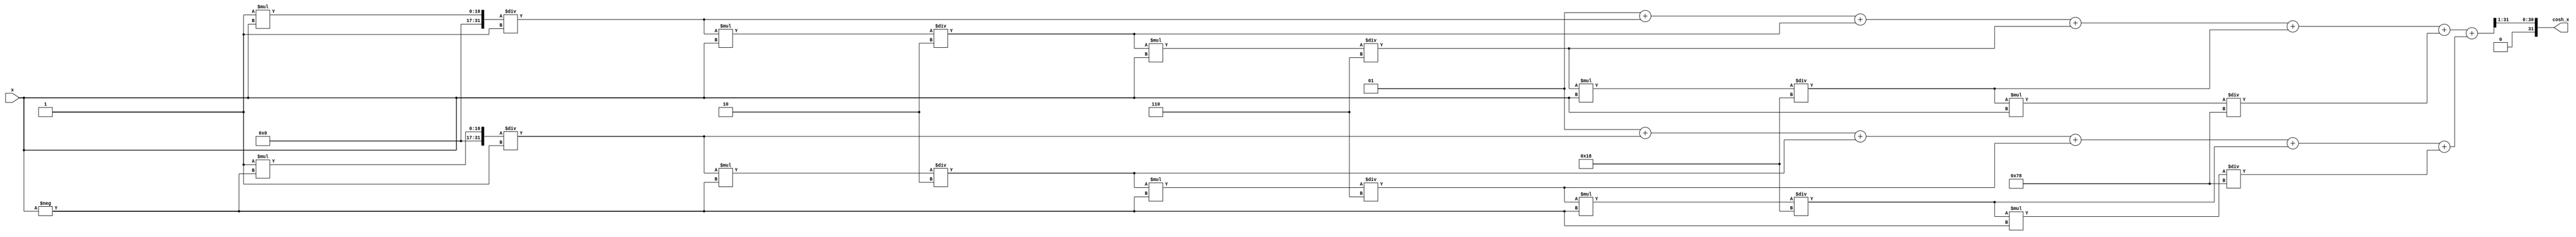
module hyperbolic_cosh (
    input wire signed [15:0] x,      // Input: Fixed-point representation of x
    output reg signed [31:0] cosh_x   // Output: Fixed-point representation of cosh(x)
);

    // Parameters for the polynomial approximation of e^x
    parameter [15:0] FACTORIAL_0 = 16'd1;
    parameter [15:0] FACTORIAL_1 = 16'd1;
    parameter [15:0] FACTORIAL_2 = 16'd2;
    parameter [15:0] FACTORIAL_3 = 16'd6;
    parameter [15:0] FACTORIAL_4 = 16'd24;
    parameter [15:0] FACTORIAL_5 = 16'd120;

    // Polynomial coefficients for the Taylor series approximation of e^x
    reg signed [31:0] e_x;
    reg signed [31:0] e_neg_x;
    
    // Compute e^x using a polynomial approximation (up to 5th order)
    function signed [31:0] exp_approx;
        input signed [15:0] x;
        reg signed [31:0] term;
        reg signed [31:0] sum;
        integer i;
        begin
            sum = 32'd1; // e^0 = 1
            term = 32'd1; // First term is x^0 / 0!
            for (i = 1; i <= 5; i = i + 1) begin
                term = (term * x) / (i == 1 ? FACTORIAL_1 : (i == 2 ? FACTORIAL_2 : (i == 3 ? FACTORIAL_3 : (i == 4 ? FACTORIAL_4 : FACTORIAL_5))));
                sum = sum + term;
            end
            exp_approx = sum;
        end
    endfunction

    // Main computation block
    always @(*) begin
        // Calculate e^x and e^(-x)
        e_x = exp_approx(x);
        e_neg_x = exp_approx(-x);
        
        // Compute cosh(x) = (e^x + e^(-x)) / 2
        cosh_x = (e_x + e_neg_x) >> 1; // Right shift by 1 to divide by 2
    end

endmodule